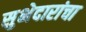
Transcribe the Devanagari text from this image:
सुभेदारांचा